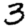
Digit: 3